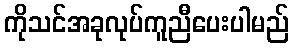
ကိုသင်အခုလုပ်ကူညီပေးပါမည်